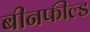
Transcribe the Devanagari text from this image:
बीनफील्ड